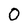
Character: O